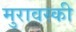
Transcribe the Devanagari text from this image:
मुरावस्की